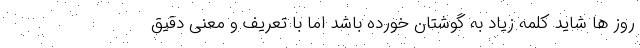
روز ها شاید کلمه زیاد به گوشتان خورده باشد اما با تعریف و معنی دقیق